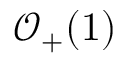
\mathcal { O } _ { + } ( 1 )